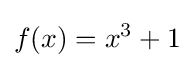
f(x)=x^{3}+1